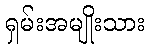
ရှမ်းအမျိုးသား